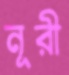
নূরী